Document type: Sale
Year: 1440
Scribe: Pere Pau Pujades
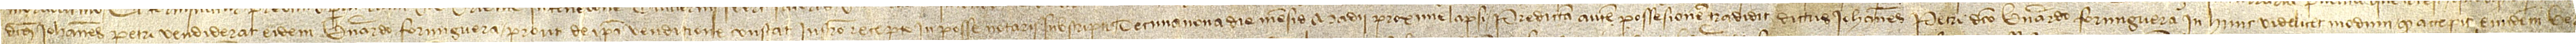
dictus Iohannes Petri vendiderat eidem Bernardo Formiguera prout de ipsa vendicione constat instrumento recepto in posse notarii subscripti decima nona die mensis madii proxime lapsi. Predictam autem possesionem tradidit dictus Iohannes Petri dicto Bernardo Formiguera in hunc videlicet modum: quod accepit eundem Ber-